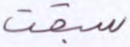
سبقت